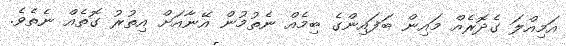
އަމިއްލަ ގެދޮރެއް މައިން ބަފައިންގެ ބިމެއް ނެތުމުން އޭނާއަށް އިތުރު ގޮތެއް ނެތެވެ.